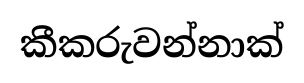
කීකරුවන්නාක්